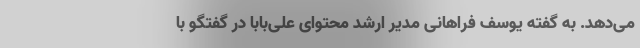
می‌دهد. به گفته یوسف فراهانی مدیر ارشد محتوای علی‌بابا در گفتگو با